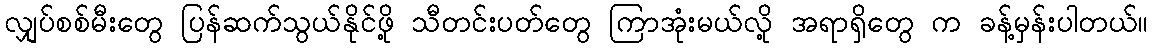
လျှပ်စစ်မီးတွေ ပြန်ဆက်သွယ်နိုင်ဖို့ သီတင်းပတ်တွေ ကြာအုံးမယ်လို့ အရာရှိတွေ က ခန့်မှန်းပါတယ်။